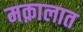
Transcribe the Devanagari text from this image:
मक़ालात